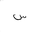
Letter: _sin